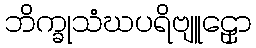
ဘိက္ခုသံဃပရိဗျူဠှော